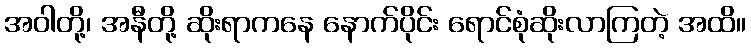
အဝါတို့၊ အနီတို့ ဆိုးရာကနေ နောက်ပိုင်း ရောင်စုံဆိုးလာကြတဲ့ အထိ။